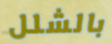
بالشلل